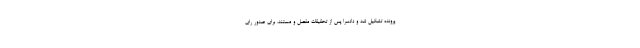
پرونده تشکیل شد و دادسرا پس از تحقیقات مفصل و مستند، برای صدور رای